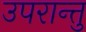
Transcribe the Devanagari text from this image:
उपरान्तु